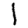
Digit: 1